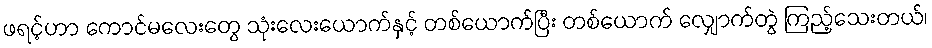
ဖရင့်ဟာ ကောင်မလေးတွေ သုံးလေးယောက်နှင့် တစ်ယောက်ပြီး တစ်ယောက် လျှောက်တွဲ ကြည့်သေးတယ်၊